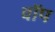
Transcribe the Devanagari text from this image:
वॉप